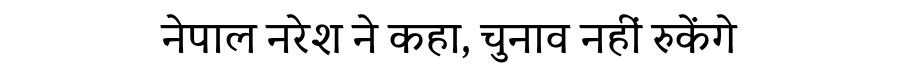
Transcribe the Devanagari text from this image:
नेपाल नरेश ने कहा, चुनाव नहीं रुकेंगे